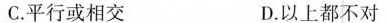
C.平行或相交 D.以上都不对